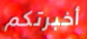
أخبرتكم